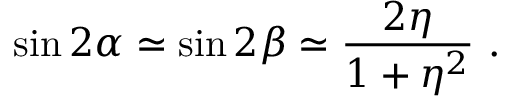
\sin 2 \alpha \simeq \sin 2 \beta \simeq \frac { 2 \eta } { 1 + \eta ^ { 2 } } ~ .